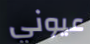
عيوني